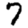
Digit: 7